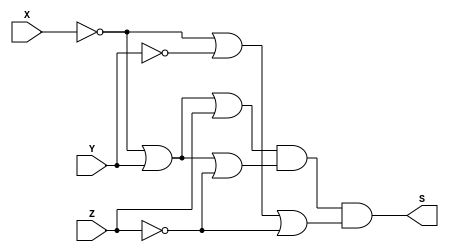
/*
 Guia_0602a.v - v0.0. - 28 / 08 / 2022
 Autor    : Gabriel Vargas Bento de Souza
 Matricula: 778023
 */

/* 
 Produto das somas
               ____
F(X, Y, Z) =   | |  M (4, 5, 7) = PoS(4, 5, 7)
*/

/**
 PoS (4, 5, 7) = X'+Y+Z . X'+Y+Z' . X'+Y'+Z'
 */
module PoS (output S,
            input  X, Y, Z);
   assign S = (~X |  Y |  Z)  // 4  
            & (~X |  Y | ~Z)  // 5
            & (~X | ~Y | ~Z); // 7
endmodule // PoS 

/**
 PoS(4,5,7)_Simplificado = X'+Y . X'+Z'
 */
module PoS_simple (output S,
                   input  X, Y, Z);
   assign S = (~X |  Y)
            & (~X | ~Z);
endmodule // PoS_simple

/**
  Guia_0602a.v
 */
module Guia_0601a;
   reg  X, Y, Z;
   wire S1, S2;
   
   // instancias
   PoS        POS1 (S1, X, Y, Z);
   PoS_simple POS2 (S2, X, Y, Z);
   
   // valores iniciais
   initial begin: start
      X=1'bx; Y=1'bx; Z=1'bx;
   end

   // parte principal
   initial begin: main
       $display("Gabriel Vargas Bento de Souza - 778023");
       $display("Guia_06");
       $display("\n02.a) PoS (4, 5, 7)\n");

       // monitoramento
       $display(" X  Y  Z  S1  S2");
       $monitor("%2b %2b %2b %2b %3b", X,  Y,  Z,  S1, S2);

       // sinalizacao
          X=0; Y=0; Z=0;
       #1           Z=1;
       #1      Y=1; Z=0;
       #1           Z=1;
       #1 X=1; Y=0; Z=0;
       #1           Z=1;
       #1      Y=1; Z=0;
       #1           Z=1;
   end
endmodule // Guia_0602a

/*
C:\Users\Gabriel\Desktop\CC-PUC\2Periodo\ARQ1\Tarefas\Guia06>vvp Guia_0602a.vvp
Gabriel Vargas Bento de Souza - 778023
Guia_06

02.a) PoS (4, 5, 7)

 X  Y  Z  S1  S2
 0  0  0  1   1
 0  0  1  1   1
 0  1  0  1   1
 0  1  1  1   1
 1  0  0  0   0
 1  0  1  0   0
 1  1  0  1   1
 1  1  1  0   0
*/